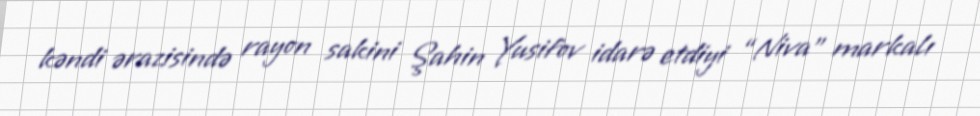
kəndi ərazisində rayon sakini Şahin Yusifov idarə etdiyi “Niva” markalı